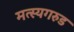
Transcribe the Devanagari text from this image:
मत्स्यगरुड